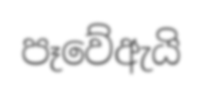
පෑවේඇයි